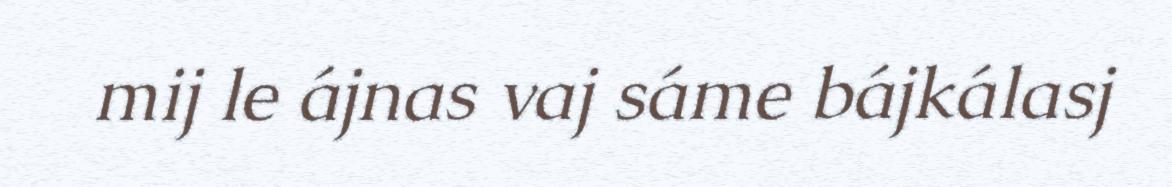
mij le ájnas vaj sáme bájkálasj